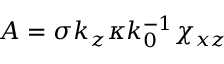
A = \sigma k _ { z } \kappa k _ { 0 } ^ { - 1 } \chi _ { x z }